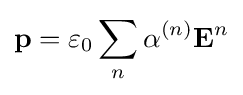
\mathbf {p} =\varepsilon _{0}\sum _{n}\alpha ^{(n)}\mathbf {E} ^{n}